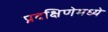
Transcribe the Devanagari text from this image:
प्रदक्षिणेमध्ये